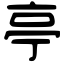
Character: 亭